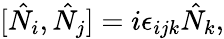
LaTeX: [\hat{N}_{i},\hat{N}_{j}]=i\epsilon_{ijk}\hat{N}_{k},